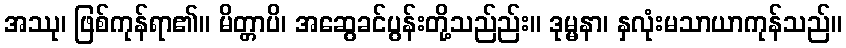
အဿု၊ ဖြစ်ကုန်ရာ၏။ မိတ္တာပိ၊ အဆွေခင်ပွန်းတို့သည်ည်း။ ဒုမ္မနာ၊ နှလုံးမသာယာကုန်သည်။